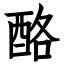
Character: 酪